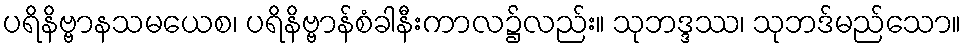
ပရိနိဗ္ဗာနသမယေစ၊ ပရိနိဗ္ဗာန်စံခါနီးကာလ၌လည်း။ သုဘဒ္ဒဿ၊ သုဘဒ်မည်သော။